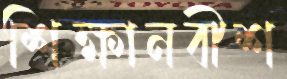
শিক্ষানবীশ